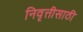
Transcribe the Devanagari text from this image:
निवृत्तीसाठी